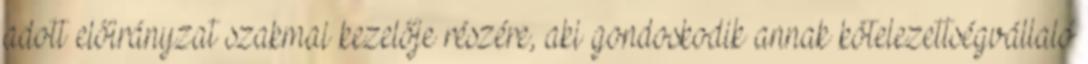
adott előirányzat szakmai kezelője részére, aki gondoskodik annak kötelezettségvállaló